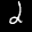
Label: 2